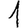
Digit: 1